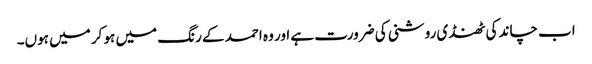
اب چاند کی ٹھنڈی روشنی کی ضرورت ہے اور وہ احمد کے رنگ میں ہو کر میں ہوں۔